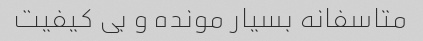
متاسفانه بسیار مونده و بی کیفیت